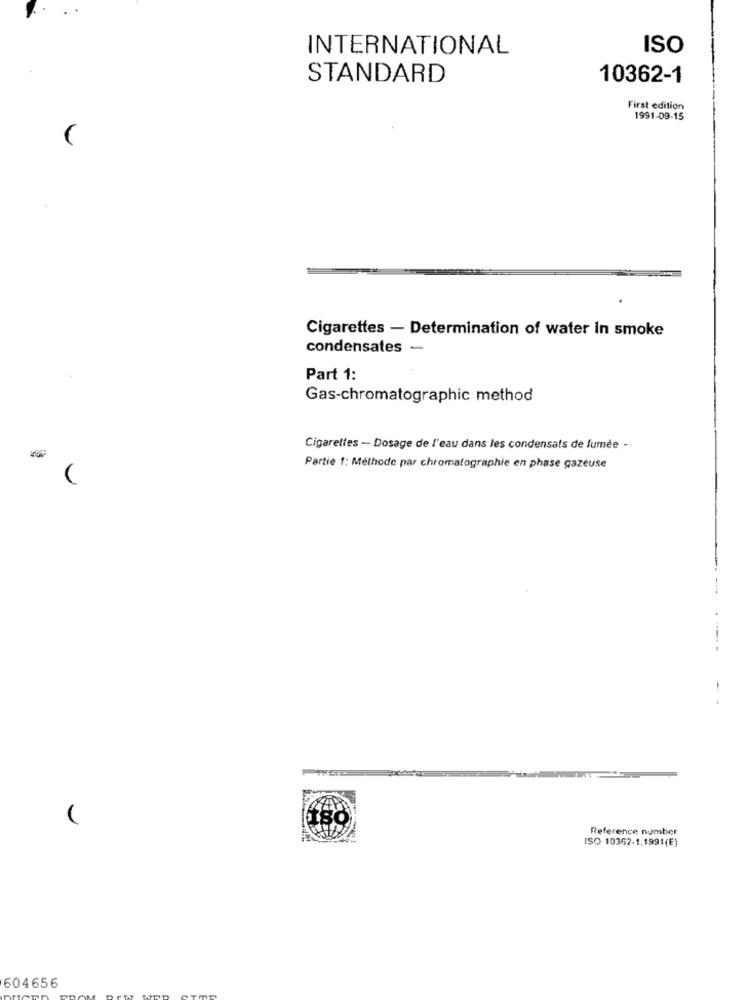
INTERNATIONAL
ISO
STANDARD
10362-1
First edition
1991-09-15
Cigarettes - Determination of water in smoke
condensates -
Part 1:
Gas-chromatographic method
Cigarettes - Dosage de l'eau dans les condensats de fumée -
Partie 1: Méthode par chromatographie en phase gazeuse
Reference number
ISO 10362-1,1991(E)
604656